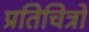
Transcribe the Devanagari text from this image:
प्रतिचित्रों